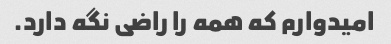
امیدوارم که همه را راضی نگه دارد.